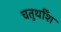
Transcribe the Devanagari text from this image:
चतुर्थाँश